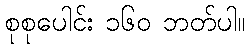
စုစုပေါင်း ၁၆၀ ဘတ်ပါ။